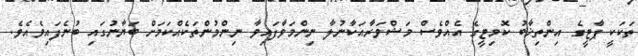
ތަކަކީ ޕާޓީގެ އިންތިޚާބު ކޮމިޓީގެ އެއްވެސް މަޝްވަރާއަކާނުލާ ނިންމަވާފައިވާ ނިންމުންތަކެއްކަމަށް ބަޔާނުގައި ބުނެފައިވެއެވެ.